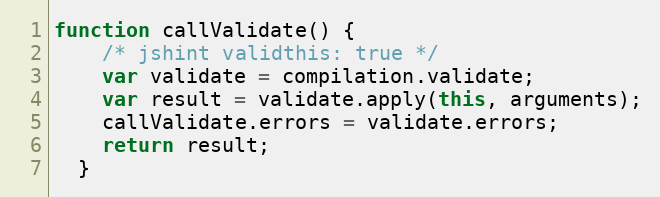
Language: JavaScript
function callValidate() {
    /* jshint validthis: true */
    var validate = compilation.validate;
    var result = validate.apply(this, arguments);
    callValidate.errors = validate.errors;
    return result;
  }